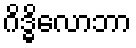
ဂိဒ္ဓိလောဘာ